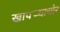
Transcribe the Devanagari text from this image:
खापर्‍याचोर